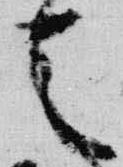
天